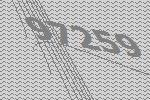
97259